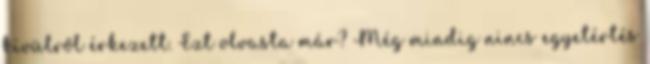
kívülről érkezett. Ezt olvasta már? Még mindig nincs egyetértés